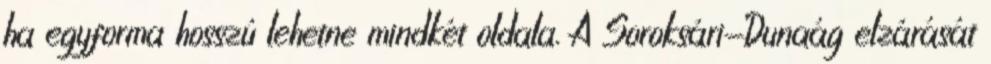
ha egyforma hosszú lehetne mindkét oldala. A Soroksári-Dunaág elzárását